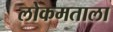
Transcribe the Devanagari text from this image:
लोकमताला